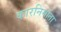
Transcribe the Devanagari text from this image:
कारनिर्माता